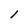
Character: l